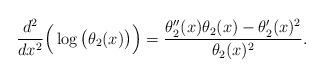
LaTeX: \begin{align*}\frac{d^2}{dx^2} \Big(\log\big(\theta_2(x)\big)\Big) = \frac{\theta_2''(x) \theta_2(x) - \theta_2'(x)^2}{\theta_2(x)^2}.\end{align*}